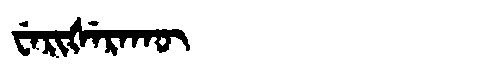
Manchu: ᠸᡝᡵᡳᡧᡝᡵᠠᡴᡡ
Romanization: WERIŠERAKŪ